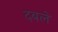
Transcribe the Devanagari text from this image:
दबले